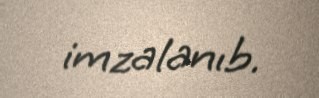
imzalanıb.